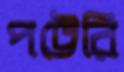
পট্টেরি